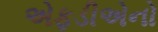
એફડીએનો